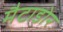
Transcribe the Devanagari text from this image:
मैटाडोर